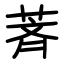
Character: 萕